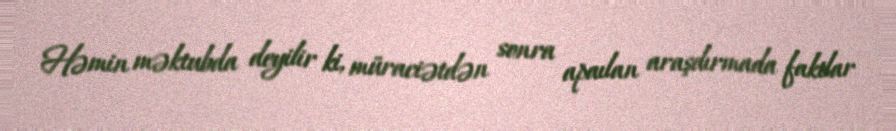
Həmin məktubda deyilir ki, müraciətdən sonra apaılan araşdırmada faktlar